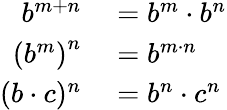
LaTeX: \begin{array}{rl}{b^{m+n}}&{{}=b^{m}\cdot b^{n}}\\ {\left(b^{m}\right)^{n}}&{{}=b^{m\cdot n}}\\ {(b\cdot c)^{n}}&{{}=b^{n}\cdot c^{n}}\end{array}